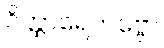
ဝိတ္ထာရေတဗ္ဗော